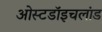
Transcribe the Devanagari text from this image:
ओस्टडॉइचलांड